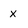
Character: X